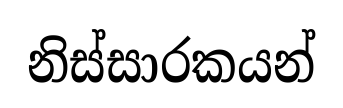
නිස්සාරකයන්